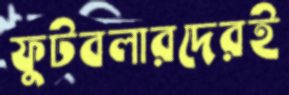
ফুটবলারদেরই